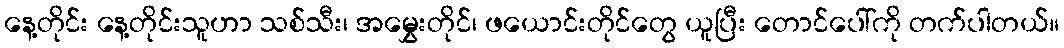
နေ့တိုင်း နေ့တိုင်းသူဟာ သစ်သီး၊ အမွှေးတိုင်၊ ဖယောင်းတိုင်တွေ ယူပြီး တောင်ပေါ်ကို တက်ပါတယ်။